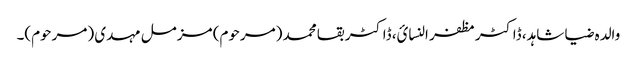
والدہ ضیا شاہد، ڈاکٹر مظفر النسائ، ڈاکٹر بقا محمد (مرحوم) مزمل مہدی (مرحوم)۔